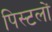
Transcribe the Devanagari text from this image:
पिस्टलों